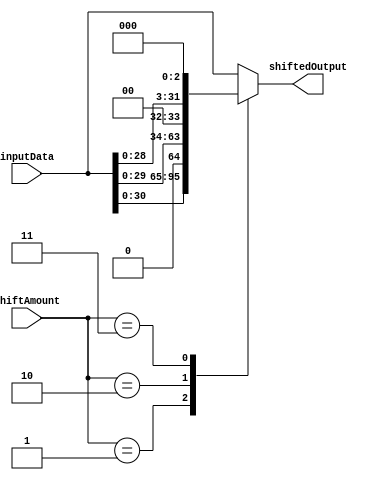
module SparseBarrelShifter (
    input [31:0] inputData,
    input [4:0] shiftAmount,
    output reg [31:0] shiftedOutput
);

reg [31:0] tempOutput;

always @(*) begin
    case (shiftAmount)
        0: tempOutput = inputData;
        1: tempOutput = inputData << 1;
        2: tempOutput = inputData << 2;
        3: tempOutput = inputData << 3;
        // Add more cases for additional shift amounts as needed
        default: tempOutput = inputData;
    endcase
end

assign shiftedOutput = tempOutput;

endmodule